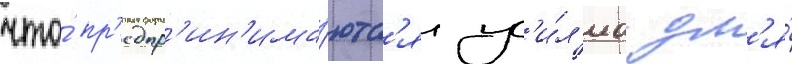
что́ пр'едпр'ин'има́ютс'я ус'и́л'иа дл'я́